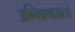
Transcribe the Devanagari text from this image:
अग्निबाणासारखे